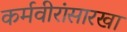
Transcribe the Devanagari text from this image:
कर्मवीरांसारखा